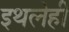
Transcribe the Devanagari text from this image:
इथलेही